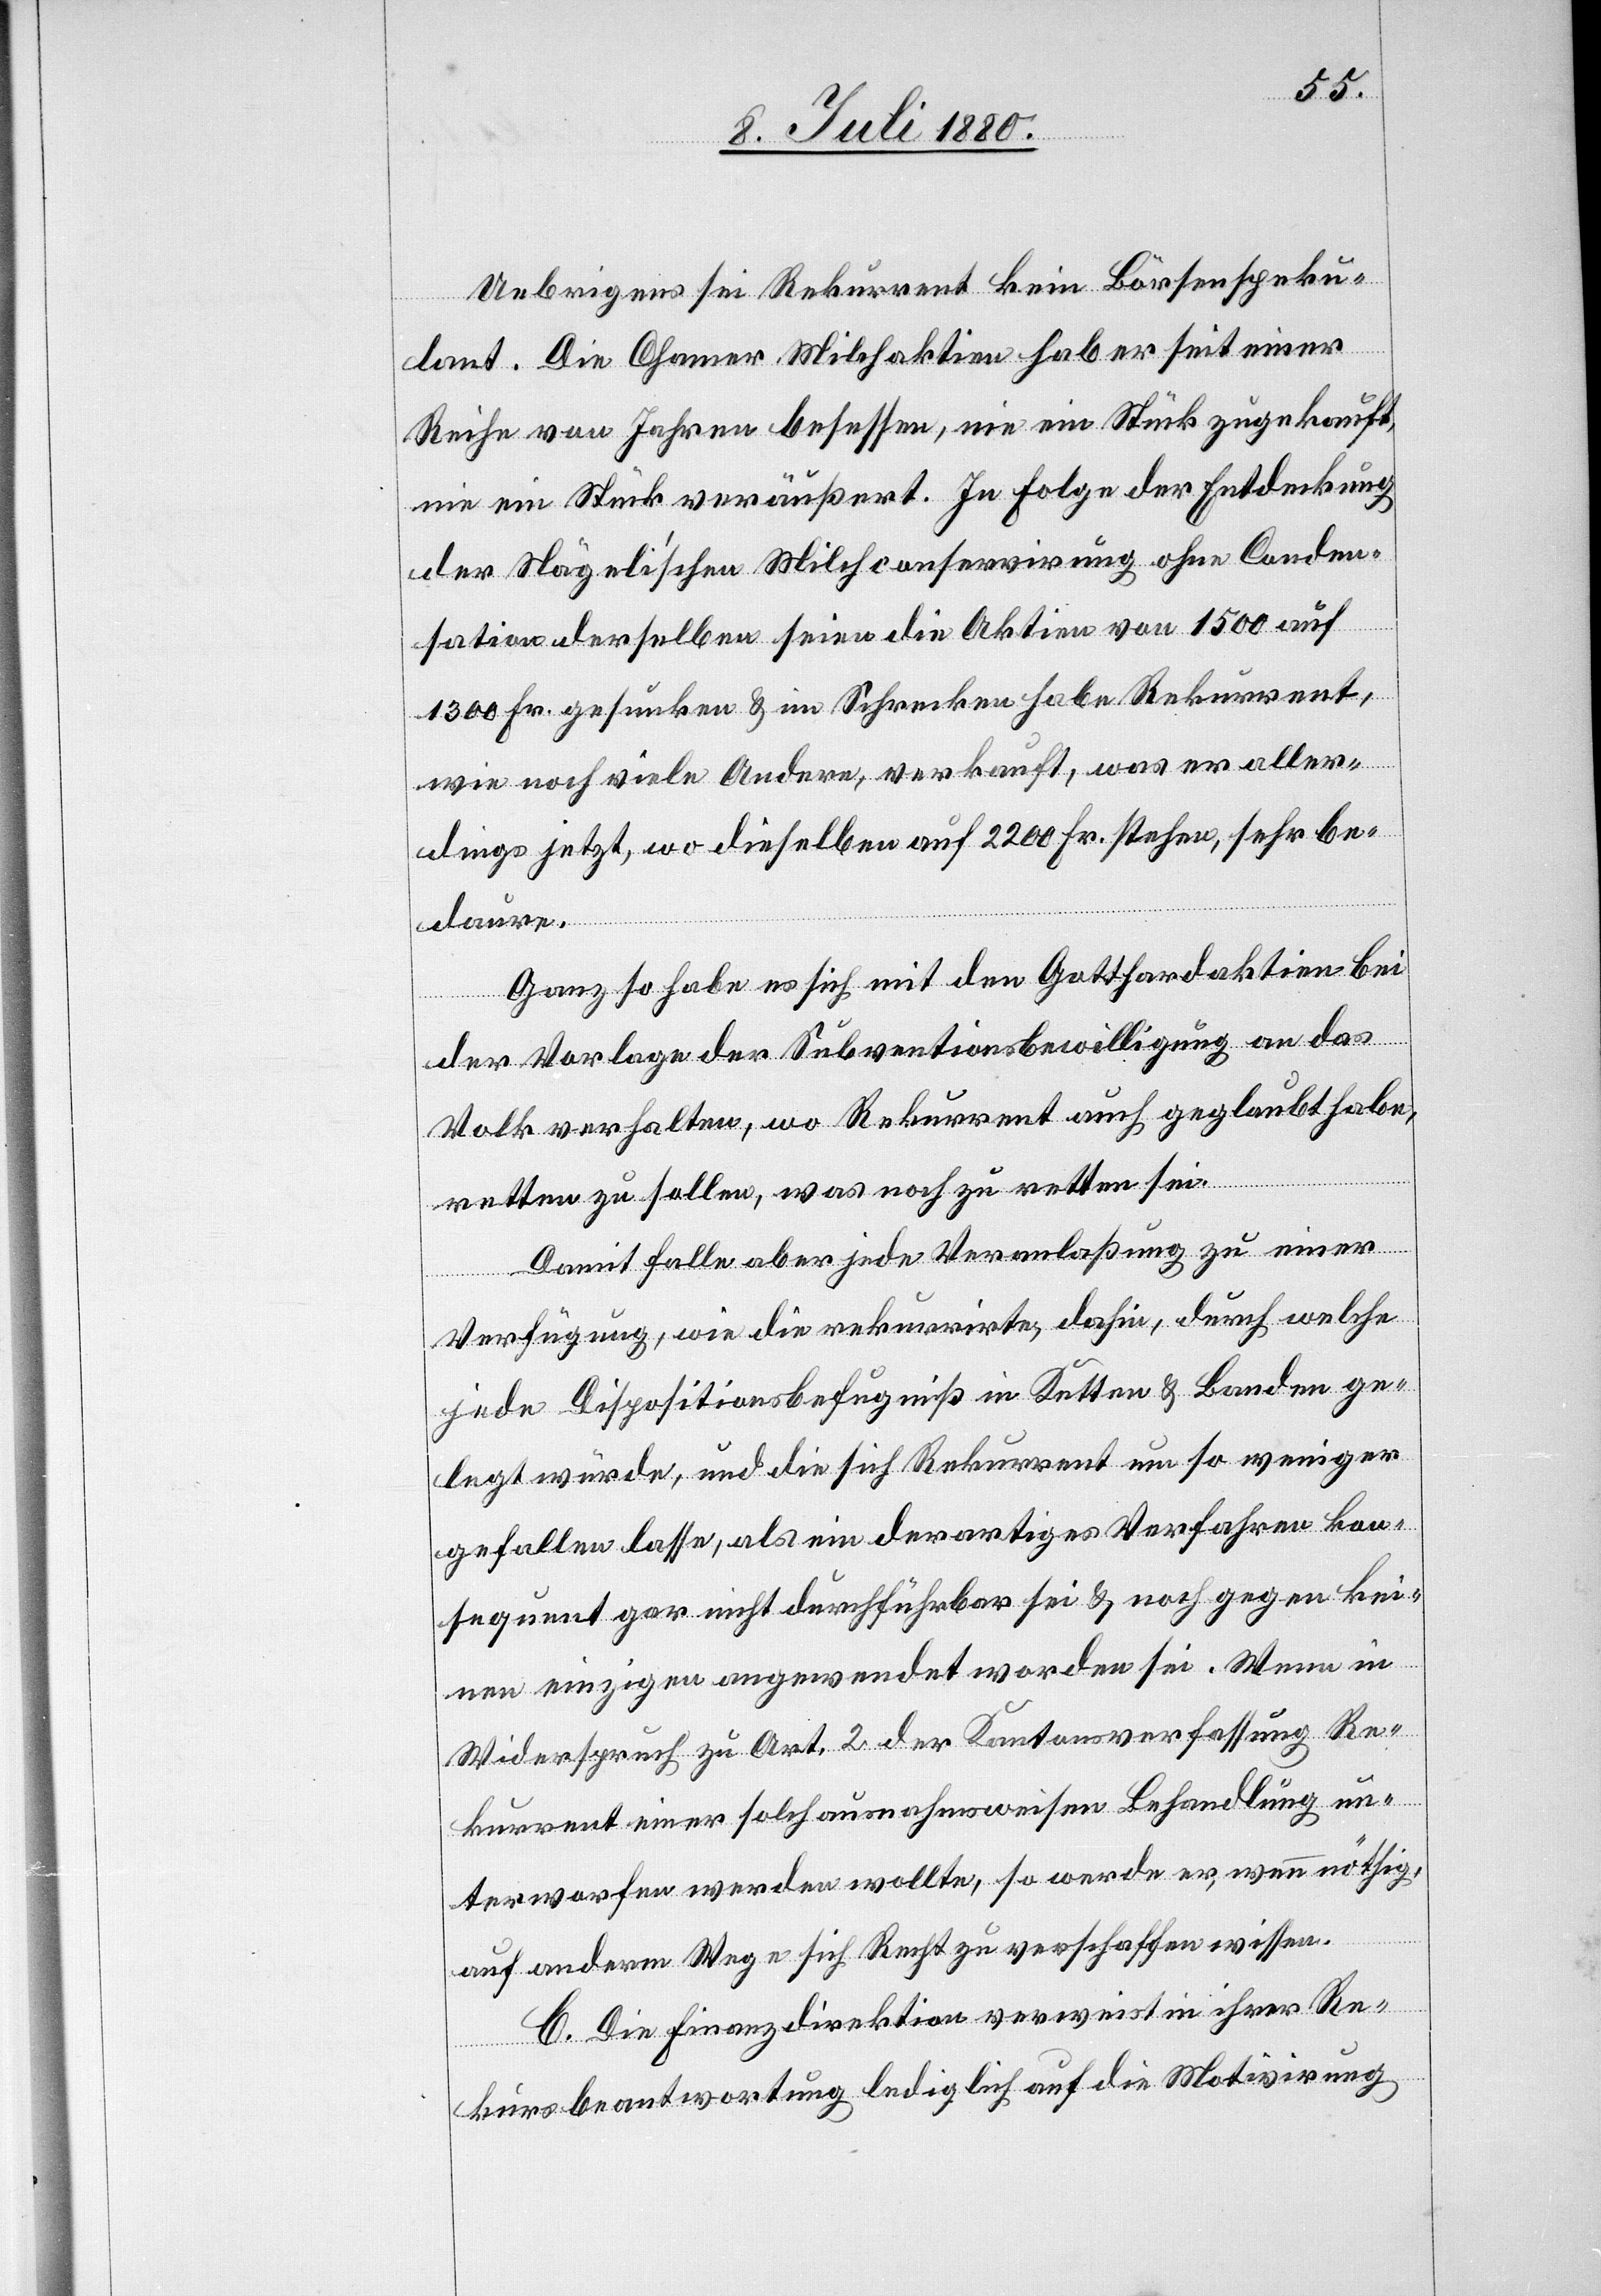
Uebrigens sei Rekurrent kein Börsenspeku¬
lant. Die Chamer Milchaktien hab er seit einer
Reihe von Jahren besessen, nie ein Stück zugekauft,
nie ein Stück veräußert. In Folge der Entdeckung
der Nägeli‘schen Milchconservirung ohne Conden¬
sation derselben seien die Aktien von 1500 auf
1300 Fr. gesunken & im Schrecken habe Rekurrent,
wie noch viele Andere, verkauft, was er aller¬
dings jetzt, wo dieselben auf 2200 Fr. stehen, sehr be¬
daure.
Ganz so habe es sich mit den Gotthardaktien bei
der Vorlage der Subventionsbewilligung an das
Volk verhalten, wo Rekurrent auch geglaubt habe,
retten zu sollen, was noch zu retten sei.
Damit falle aber jede Veranlaßung zu einer
Verfügung, wie die rekurrirte, dahin, durch welche
jede Dispositionsbefugniß in Ketten & Banden ge¬
legt würde, und die sich Rekurrent um so weniger
gefallen lasse, als ein derartiges Verfahren kon¬
sequent gar nicht durchführbar sei & noch gegen kei¬
nen einzigen angewendet worden sei. Wenn in
Widerspruch zu Art. 2 der Kantonsverfassung Re¬
kurrent einer solch ausnahmsweisen Behandlung un¬
terworfen werden wollte, so werde er, wenn nöthig,
auf anderm Wege sich Recht zu verschaffen wissen.
C. Die Finanzdirektion verweist in ihrer Re¬
kursbeantwortung lediglich auf die Motivirung